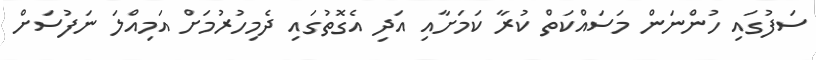
ސަފުގައި ހުންނަން މަސައްކަތް ކުރާ ކަމަށާއި އަދި އެގޮތުގައި ދެމިހުރުމަށް އަމިއްލަ ނަފުސަށް